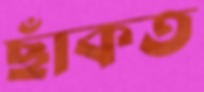
ছাঁকত